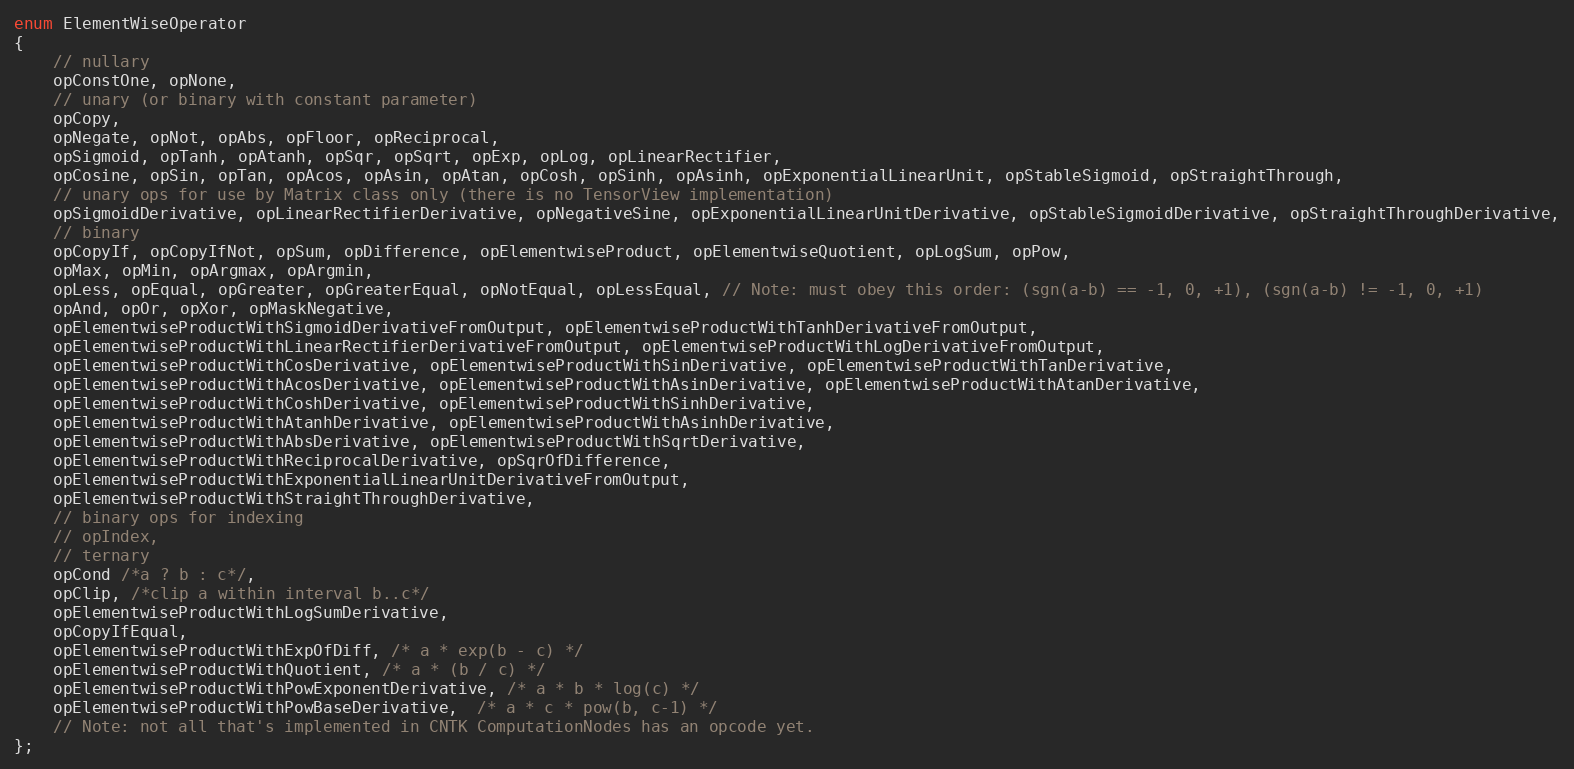
Language: C
enum ElementWiseOperator
{
    // nullary
    opConstOne, opNone,
    // unary (or binary with constant parameter)
    opCopy,
    opNegate, opNot, opAbs, opFloor, opReciprocal,
    opSigmoid, opTanh, opAtanh, opSqr, opSqrt, opExp, opLog, opLinearRectifier,
    opCosine, opSin, opTan, opAcos, opAsin, opAtan, opCosh, opSinh, opAsinh, opExponentialLinearUnit, opStableSigmoid, opStraightThrough,
    // unary ops for use by Matrix class only (there is no TensorView implementation)
    opSigmoidDerivative, opLinearRectifierDerivative, opNegativeSine, opExponentialLinearUnitDerivative, opStableSigmoidDerivative, opStraightThroughDerivative,
    // binary
    opCopyIf, opCopyIfNot, opSum, opDifference, opElementwiseProduct, opElementwiseQuotient, opLogSum, opPow,
    opMax, opMin, opArgmax, opArgmin,
    opLess, opEqual, opGreater, opGreaterEqual, opNotEqual, opLessEqual, // Note: must obey this order: (sgn(a-b) == -1, 0, +1), (sgn(a-b) != -1, 0, +1)
    opAnd, opOr, opXor, opMaskNegative,
    opElementwiseProductWithSigmoidDerivativeFromOutput, opElementwiseProductWithTanhDerivativeFromOutput,
    opElementwiseProductWithLinearRectifierDerivativeFromOutput, opElementwiseProductWithLogDerivativeFromOutput,
    opElementwiseProductWithCosDerivative, opElementwiseProductWithSinDerivative, opElementwiseProductWithTanDerivative,
    opElementwiseProductWithAcosDerivative, opElementwiseProductWithAsinDerivative, opElementwiseProductWithAtanDerivative,
    opElementwiseProductWithCoshDerivative, opElementwiseProductWithSinhDerivative,
    opElementwiseProductWithAtanhDerivative, opElementwiseProductWithAsinhDerivative,
    opElementwiseProductWithAbsDerivative, opElementwiseProductWithSqrtDerivative,
    opElementwiseProductWithReciprocalDerivative, opSqrOfDifference,
    opElementwiseProductWithExponentialLinearUnitDerivativeFromOutput,
    opElementwiseProductWithStraightThroughDerivative,
    // binary ops for indexing
    // opIndex,
    // ternary
    opCond /*a ? b : c*/,
    opClip, /*clip a within interval b..c*/
    opElementwiseProductWithLogSumDerivative,
    opCopyIfEqual,
    opElementwiseProductWithExpOfDiff, /* a * exp(b - c) */
    opElementwiseProductWithQuotient, /* a * (b / c) */
    opElementwiseProductWithPowExponentDerivative, /* a * b * log(c) */
    opElementwiseProductWithPowBaseDerivative,  /* a * c * pow(b, c-1) */
    // Note: not all that's implemented in CNTK ComputationNodes has an opcode yet.
};